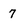
Character: 7